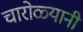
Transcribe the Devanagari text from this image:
चारोळ्यानी